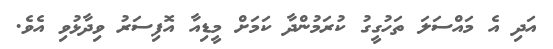
އަދި އެ މައްސަލަ ތަހުގީގު ކުރަމުންދާ ކަމަށް މީޑިއާ އޮފިސަރު ވިދާޅުވި އެވެ.